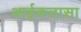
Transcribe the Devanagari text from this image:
आईकतासा